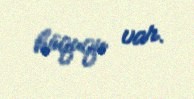
hüququ var.